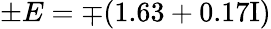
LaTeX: \pm E=\mp(1.63+0.17\mathrm{{I})}